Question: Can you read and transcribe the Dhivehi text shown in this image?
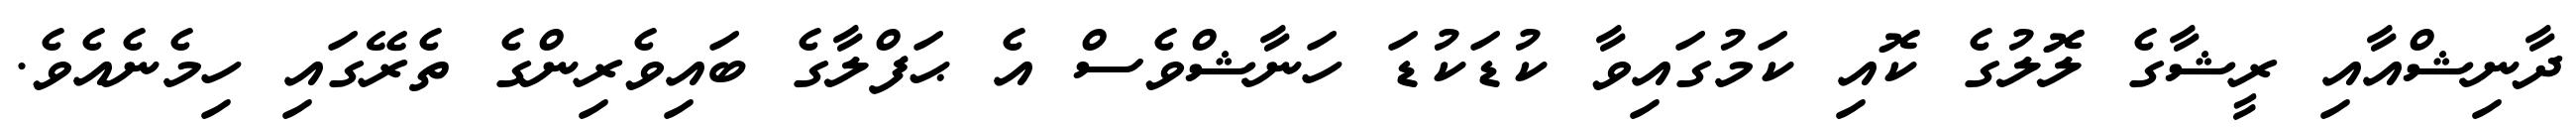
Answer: ދާނިޝްއާއި ރީޝާގެ ލޮލުގެ ކޮއި ކަމުގައިވާ ކުޑަކުޑަ ހަނާޝްވެސް އެ ޙަފްލާގެ ބައިވެރިންގެ ތެރޭގައި ހިމެނެއެވެ.